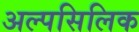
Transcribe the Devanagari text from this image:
अल्पसिलिक